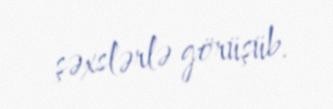
şəxslərlə görüşüb.